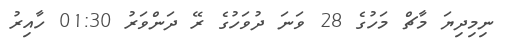
ނިމިދިޔަ މާޗް މަހުގެ 28 ވަނަ ދުވަހުގެ ރޭ ދަންވަރު 01:30 ހާއިރު